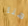
هنا